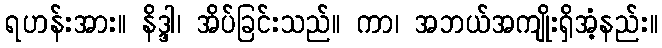
ရဟန်းအား။ နိဒ္ဒါ၊ အိပ်ခြင်းသည်။ ကာ၊ အဘယ်အကျိုးရှိအံ့နည်း။